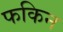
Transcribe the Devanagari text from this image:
फकिन